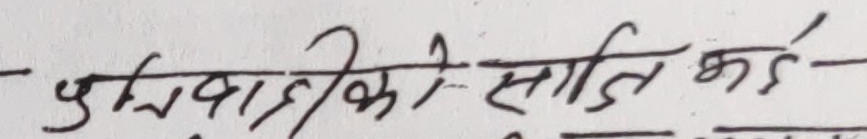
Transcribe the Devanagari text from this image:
पुस्तिकाको समिति कै-